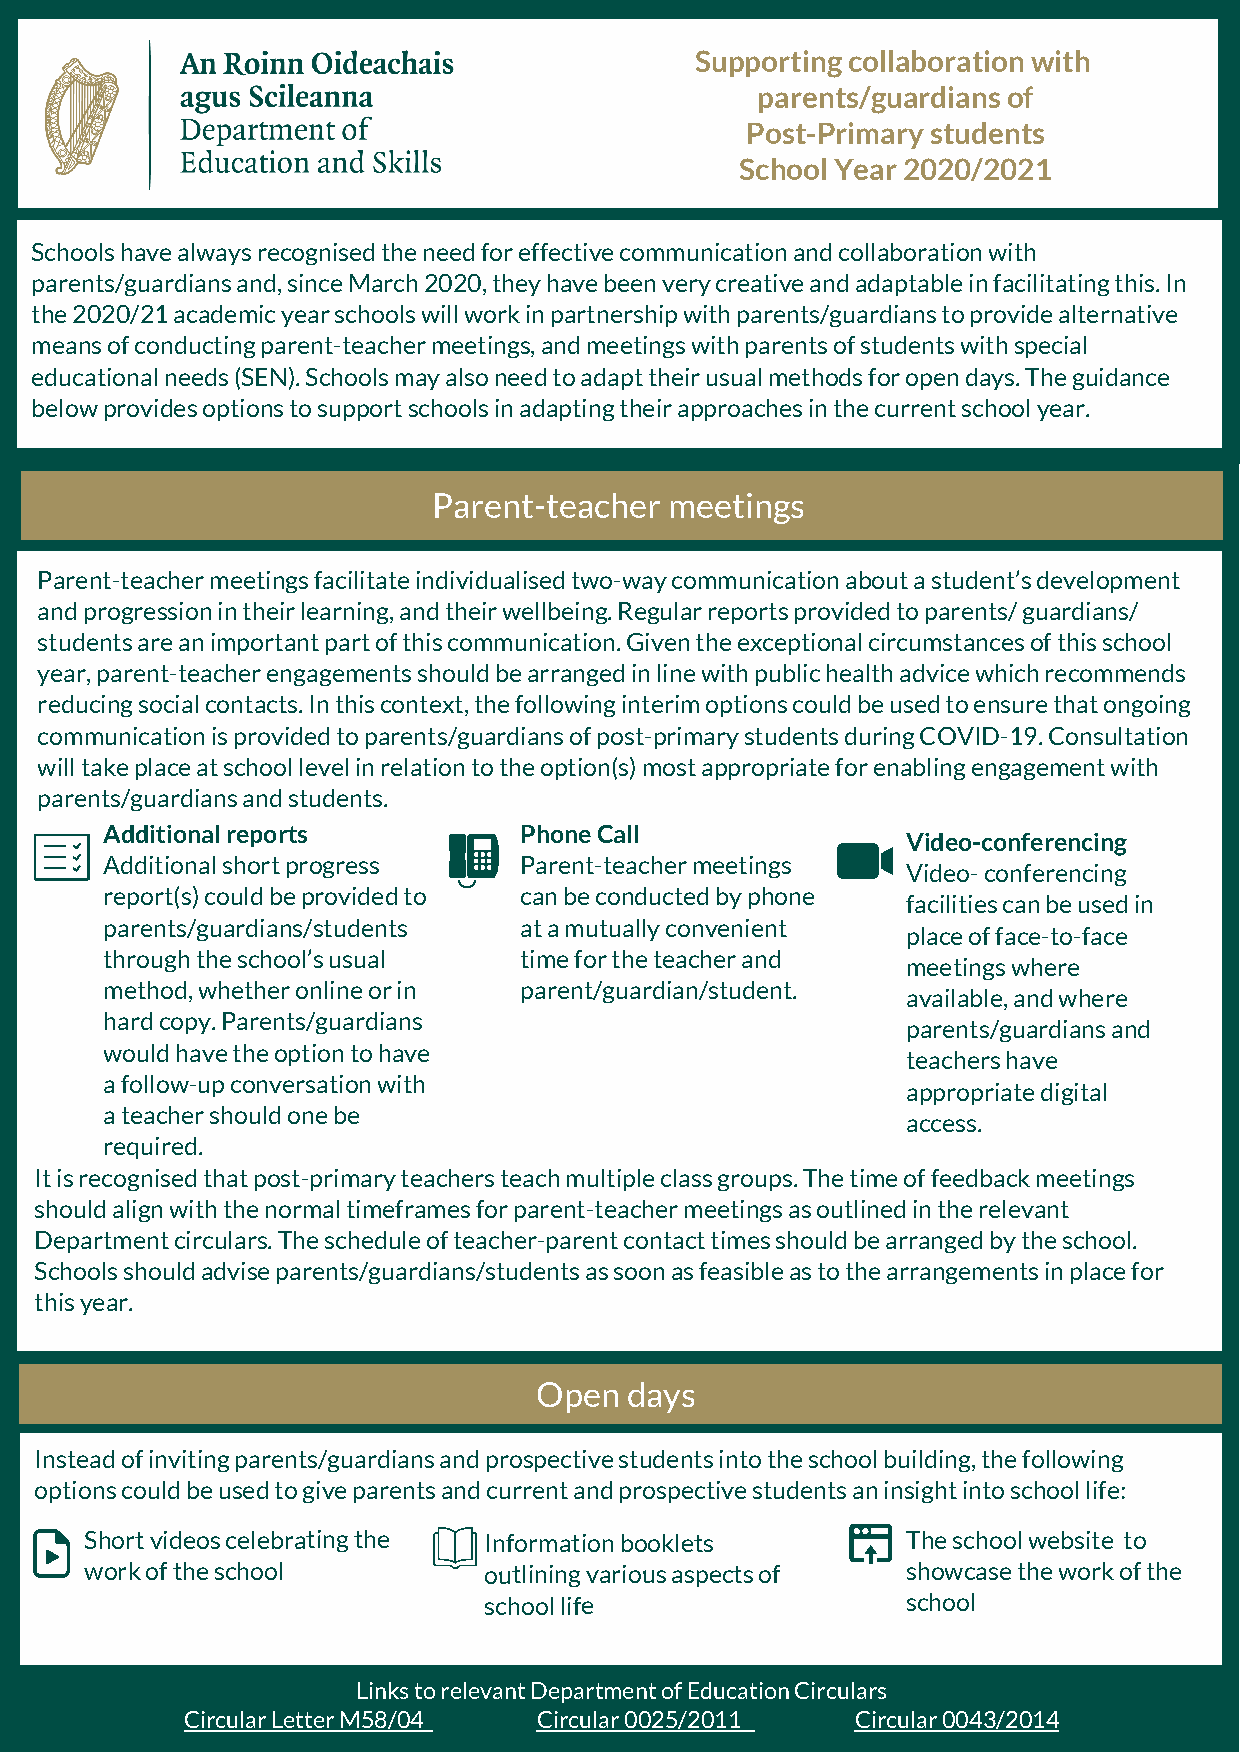
Supporting collaboration with
 parents/guardians of
 Post-Primary students
 School Year 2020/2021
 Schools have always recognised the need for effective communication and collaboration with
 parents/guardians and, since March 2020, they have been very creative and adaptable in facilitating this. In
 the 2020/21 academic year schools will work in partnership with parents/guardians to provide alternative
 means of conducting parent-teacher meetings, and meetings with parents of students with special
 educational needs (SEN). Schools may also need to adapt their usual methods for open days. The guidance
 below provides options to support schools in adapting their approaches in the current school year.
 Parent-teacher meetings
 Parent-teacher meetings facilitate individualised two-way communication about a student’s development
 and progression in their learning, and their wellbeing. Regular reports provided to parents/ guardians/
 students are an important part of this communication. Given the exceptional circumstances of this school
 year, parent-teacher engagements should be arranged in line with public health advice which recommends
 reducing social contacts. In this context, the following interim options could be used to ensure that ongoing
 communication is provided to parents/guardians of post-primary students during COVID-19. Consultation
 will take place at school level in relation to the option(s) most appropriate for enabling engagement with
 parents/guardians and students.
 Additional reports         Phone Call
 Video-conferencing
 Additional short progress  Parent-teacher meetings
 Video- conferencing
 report(s) could be provided to can be conducted by phone
 facilities can be used in
 parents/guardians/students at a mutually convenient
 place of face-to-face
 through the school’s usual time for the teacher and
 meetings where
 method, whether online or in parent/guardian/student.
 available, and where
 hard copy. Parents/guardians
 parents/guardians and
 would have the option to have
 teachers have
 a follow-up conversation with
 appropriate digital
 a teacher should one be
 access.
 required.
 It is recognised that post-primary teachers teach multiple class groups. The time of feedback meetings
 should align with the normal timeframes for parent-teacher meetings as outlined in the relevant
 Department circulars. The schedule of teacher-parent contact times should be arranged by the school.
 Schools should advise parents/guardians/students as soon as feasible as to the arrangements in place for
 this year.
 Open days
 Instead of inviting parents/guardians and prospective students into the school building, the following
 options could be used to give parents and current and prospective students an insight into school life:
 Short videos celebrating the Information booklets     The school website to
 work of the school        outlining various aspects of showcase the work of the
 school life                 school
 Links to relevant Department of Education Circulars
 Circular Letter M58/04  Circular 0025/2011   Circular 0043/2014